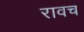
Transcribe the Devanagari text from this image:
रावच